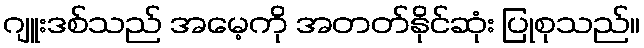
ဂျူးဒစ်သည် အမေ့ကို အတတ်နိုင်ဆုံး ပြုစုသည်။